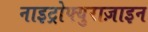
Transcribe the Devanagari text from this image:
नाइट्रोफ्युराज़ाइन